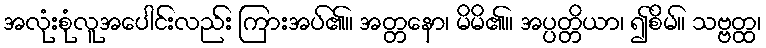
အလုံးစုံလူအပေါင်းလည်း ကြားအပ်၏။ အတ္တနော၊ မိမိ၏။ အပ္ပတ္တိယာ၊ ၍စိမ်။ သဗ္ဗတ္ထ၊